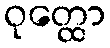
ဝုတ္ထော